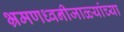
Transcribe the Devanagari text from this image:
भ्रमणध्वनीजाळ्यांच्या